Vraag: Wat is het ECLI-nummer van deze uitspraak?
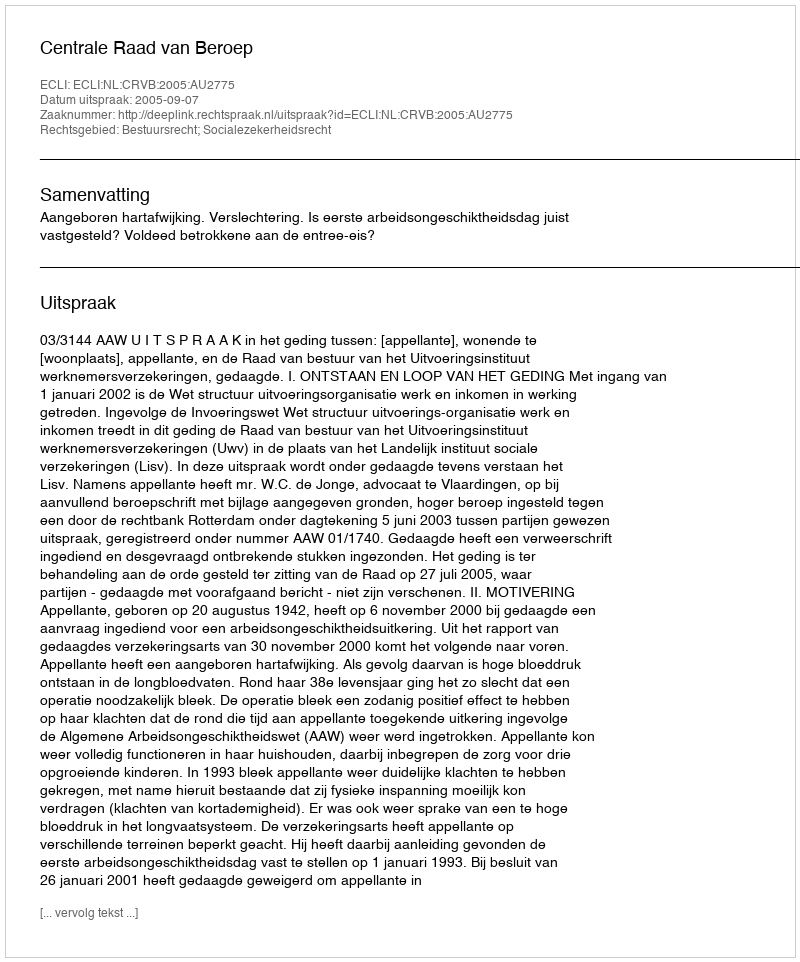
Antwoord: ECLI:NL:CRVB:2005:AU2775